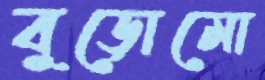
বুড়োমো